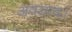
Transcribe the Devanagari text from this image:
अवसाद।